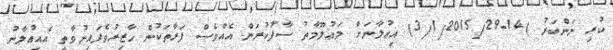
ކުރި ނަންބަރު )14-3/1/2015/29) އިޢުލާނަށް މަޢުލޫމާތު ސާފުކުރަން އެއްވެސް ފަރާތަކުން ހާޒިރުވެފައިނުވާތީ އެއިޢުލާނު